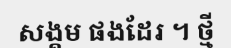
សង្គម ផងដែរ ។ ថ្មី